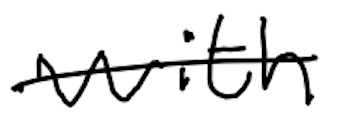
Text: with
Cross-out: mix
Writing tool: digital_black